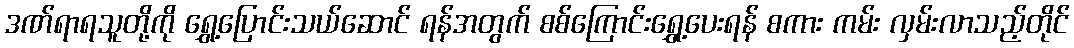
ဒဏ်ရာရသူတို့ကို ရွှေ့ပြောင်းသယ်ဆောင် ရန်အတွက် စစ်ကြောင်းရွှေ့ပေးရန် စကား ကမ်း လှမ်းလာသည့်တိုင်